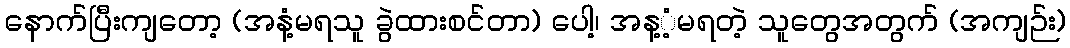
နောက်ပြီးကျတော့ (အနံ့မရသူ ခွဲထားစင်တာ) ပေါ့၊ အန့ံ့မရတဲ့ သူတွေအတွက် (အကျဉ်း)